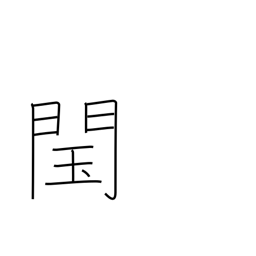
Meaning: illegitimate throne